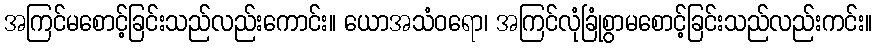
အကြင်မစောင့်ခြင်းသည်လည်းကောင်း။ ယောအသံဝရော၊ အကြင်လုံခြုံစွာမစောင့်ခြင်းသည်လည်းကင်း။